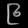
Digit: ၉